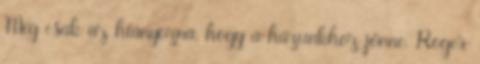
Még csak az hiányozna, hogy a házunkhoz jönne. Roger